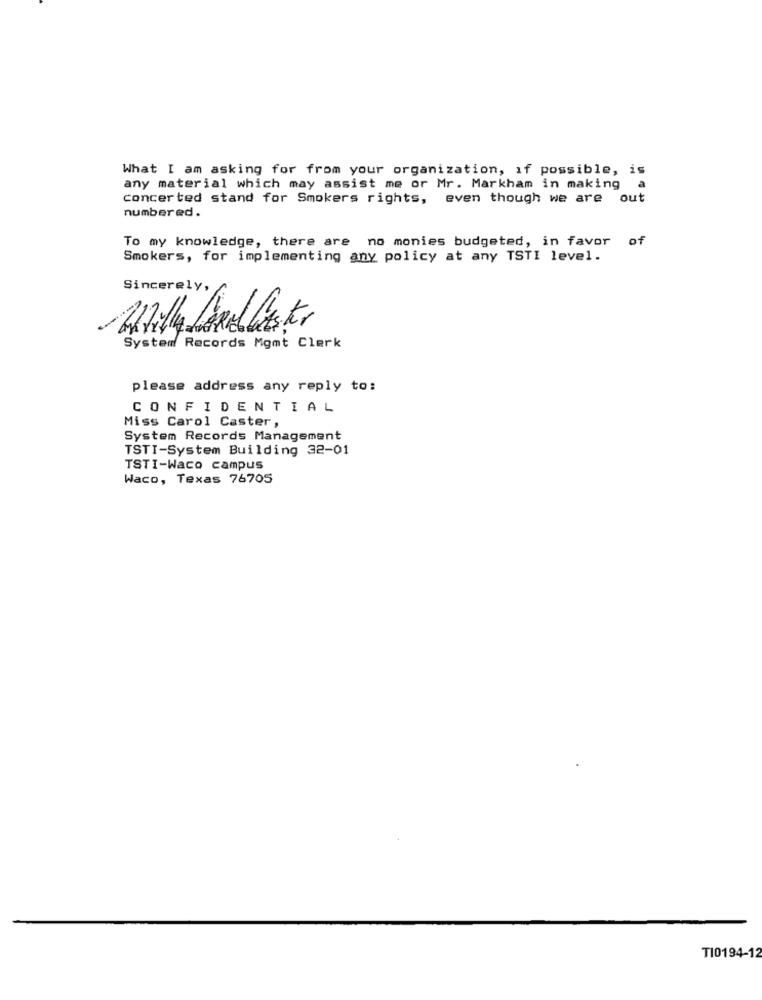
What I am asking for from your organization, if possible, is
any material which may assist me or Mr. Markham in making
concerted stand for Smokers rights, even though we are out
numbered.
To my knowledge, there are no monies budgeted, in favor
of
Smokers, for implementing any policy at any TSTI level.
Sincerely,
System Records Mgmt Clerk
please address any reply to:
CONFIDENTIAL
Miss Carol Caster,
System Records Management
TSTI-System Building 32-01
TSTI-Waco campus
Waco, Texas 76705
TI0194-12